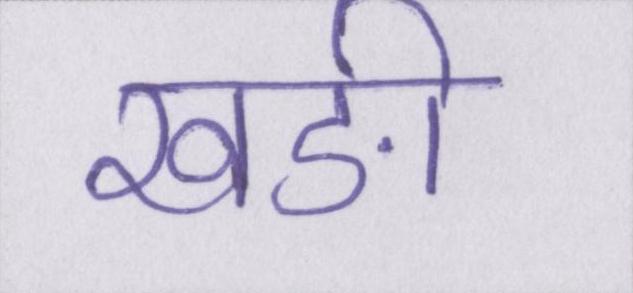
खङी